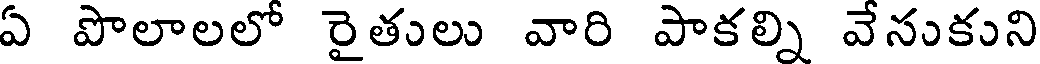
ఏ పొలాలలో రైతులు వారి పాకల్ని వేసుకుని